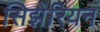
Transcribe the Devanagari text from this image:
सिझेरियन